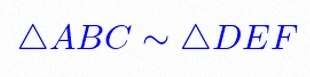
\triangle ABC\sim\triangle DEF